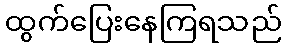
ထွက်ပြေးနေကြရသည်